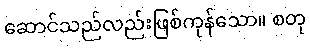
ဆောင်သည်လည်းဖြစ်ကုန်သော။ စတု